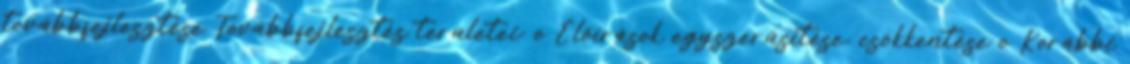
továbbfejlesztése Továbbfejlesztés területei: o Előírások egyszerűsítése, csökkentése o Korábbi